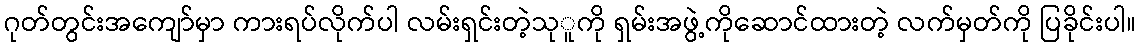
ဂုတ်တွင်းအကျော်မှာ ကားရပ်လိုက်ပါ လမ်းရှင်းတဲ့သုူကို ရှမ်းအဖွဲ့ကိုဆောင်ထားတဲ့ လက်မှတ်ကို ပြခိုင်းပါ။